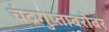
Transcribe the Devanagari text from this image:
चंद्रगुप्ताबरोबर